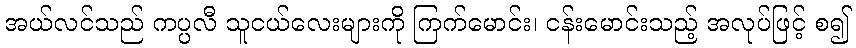
အယ်လင်သည် ကပ္ပလီ သူငယ်လေးများကို ကြက်မောင်း၊ ငန်းမောင်းသည့် အလုပ်ဖြင့် စ၍